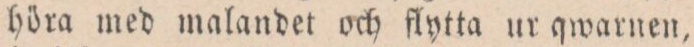
höra med malandet och flytta ur qwarnen,